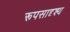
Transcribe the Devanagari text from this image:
रूपसादृश्य